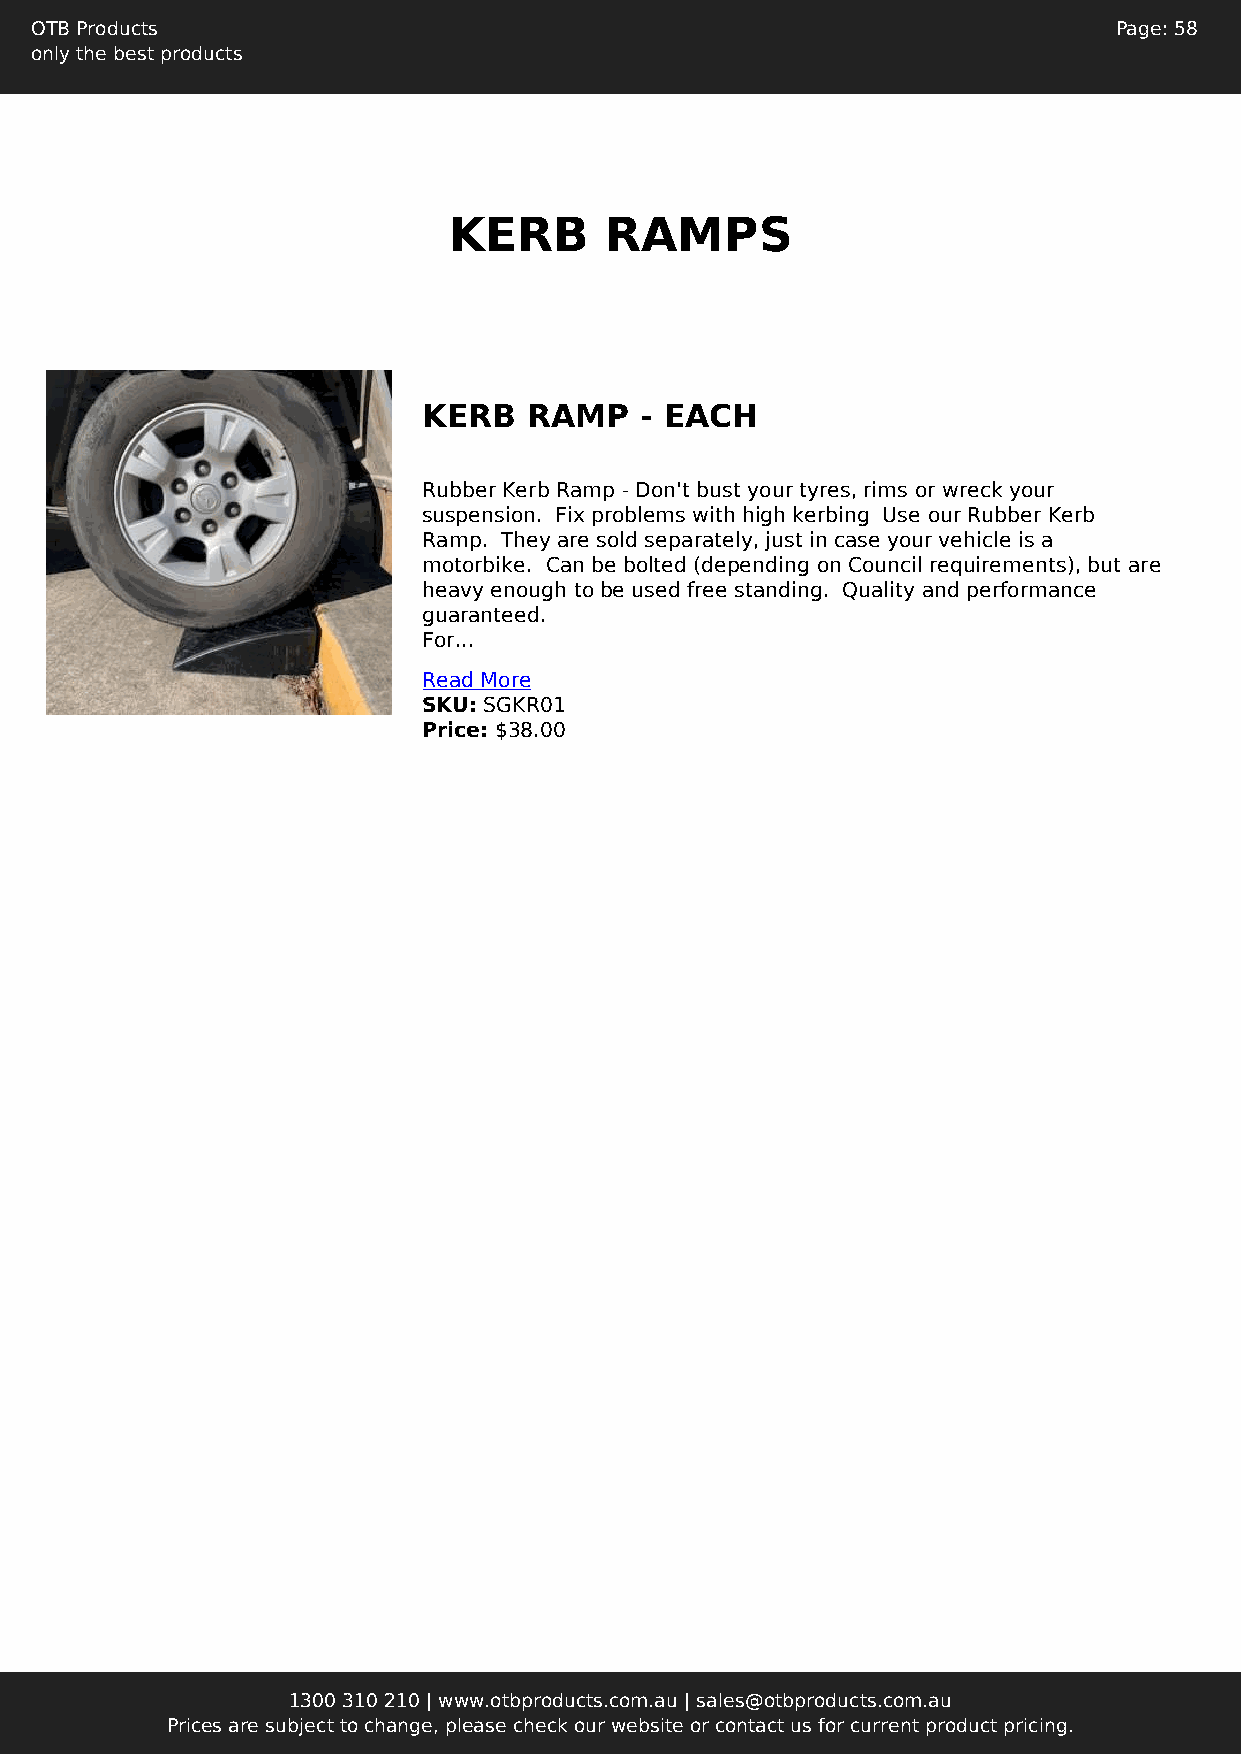
OTB Products                                                            Page: 58
 only the best products
 KERB      RAMPS
 KERB   RAMP   - EACH
 Rubber Kerb Ramp - Don't bust your tyres, rims or wreck your
 suspension. Fix problems with high kerbing Use our Rubber Kerb
 Ramp. They are sold separately, just in case your vehicle is a
 motorbike. Can be bolted (depending on Council requirements), but are
 heavy enough to be used free standing. Quality and performance
 guaranteed.
 For...
 Read More
 SKU: SGKR01
 Price: $38.00
 1300 310 210 | www.otbproducts.com.au | sales@otbproducts.com.au
 Prices are subject to change, please check our website or contact us for current product pricing.